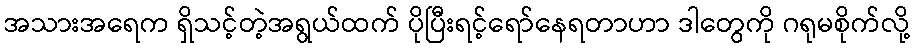
အသားအရေက ရှိသင့်တဲ့အရွယ်ထက် ပိုပြီးရင့်ရော်နေရတာဟာ ဒါတွေကို ဂရုမစိုက်လို့